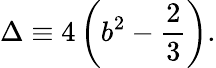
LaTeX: \Delta\equiv 4\left(b^{2}-\frac{2}{3}\right).